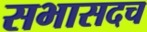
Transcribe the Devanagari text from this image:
सभासदच